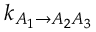
k _ { A _ { 1 } \rightarrow A _ { 2 } A _ { 3 } }